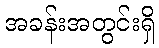
အခန်းအတွင်းရှိ